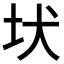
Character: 𡉩